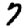
Digit: 7